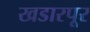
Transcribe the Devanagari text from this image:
खडारपूर